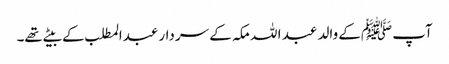
آپ ﷺکے والد عبد ا للہ مکہ کے سردار عبدالمطلب کے بیٹے تھے۔